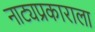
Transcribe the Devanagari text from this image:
नाट्यप्रकाराला